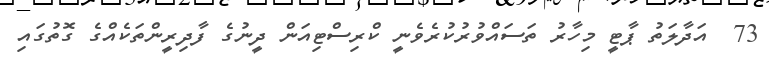
73  އަދާލަތު ޕާޓީ މިހާރު ތަސައްވުރުކުރެވެނީ ކްރިސްޓިއަން ދީނުގެ ފާދިރީންތަކެއްގެ ގޮތުގައި